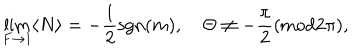
\lim _ { F \to 1 } \langle N \rangle = - { \frac { 1 } { 2 } } \mathrm { s g n } ( m ) , \quad \Theta \neq - \frac { \pi } { 2 } ( \mathrm { m o d } 2 \pi ) ,